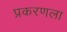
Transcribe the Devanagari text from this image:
प्रकरणला